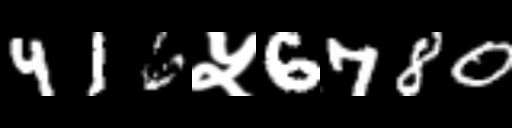
Text: 416५6780